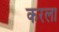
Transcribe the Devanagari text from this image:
करला